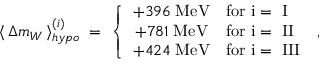
\langle \, \Delta m _ { W } \, \rangle _ { h y p o } ^ { ( i ) } \; = \; \left\{ \begin{array} { c l } { { + 3 9 6 \; \mathrm { M e V } } } & { { \mathrm { f o r ~ i = ~ I } } } \\ { { + 7 8 1 \; \mathrm { M e V } } } & { { \mathrm { f o r ~ i = ~ I I } } } \\ { { + 4 2 4 \; \mathrm { M e V } } } & { { \mathrm { f o r ~ i = ~ I I I } } } \end{array} \right. \; ,